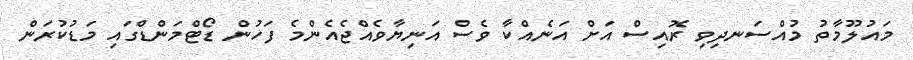
މައުލޫމާތު މުއްސަނދިވި ރޮއިސް އަށް އަނެއްކާ ވެސް އަނިޔާވެއްޖެއެންމެ ފަހުން ޑޯޓްމަންޑްގައި މަޑުކުރަން